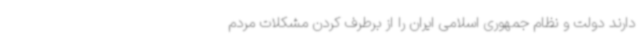
دارند دولت و نظام جمهوری اسلامی ایران را از برطرف کردن مشکلات مردم